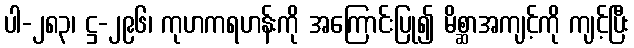
ပါ-၂၈၃၊ ဋ္ဌ-၂၉၆၊ ကုဟကရဟန်းကို အကြောင်းပြု၍ မိစ္ဆာအကျင့်ကို ကျင့်ပြီး